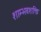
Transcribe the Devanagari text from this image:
शाम्भवशक्ति